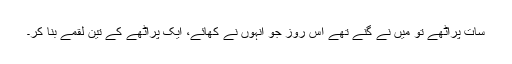
سات پراٹھے تو میں نے گنے تھے اُس روز جو انہوں نے کھائے، ایک پراٹھے کے تین لقمے بنا کر۔